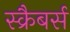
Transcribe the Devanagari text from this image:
स्क्रैबर्स